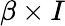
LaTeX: \beta\times I